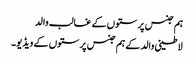
ہم جنس پرستوں کے غالب والد
لاطینی والد کے ہم جنس پرستوں کے ویڈیو۔